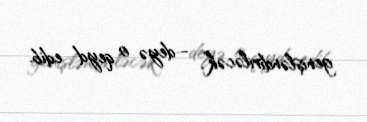
genişləndiriləcək”, - deyə o qeyd edib.